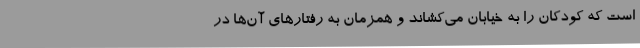
است که کودکان را به خیابان می‌کشاند و همزمان به رفتارهای آن‌ها در